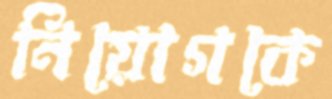
নিয়োগকে